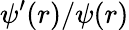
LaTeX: \psi^{\prime}(r)/\psi(r)